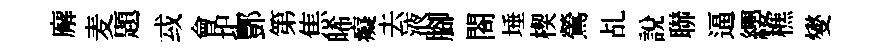
廨麦題㦯會圯酆第焦晞癡去液腳閤埵楔鶯乩說聯逼纓樵燮